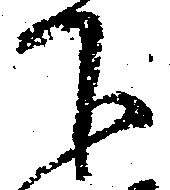
下